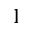
_ 1